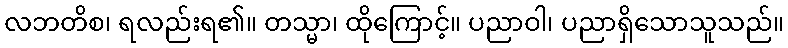
လဘတိစ၊ ရလည်းရ၏။ တသ္မာ၊ ထိုကြောင့်။ ပညာဝါ၊ ပညာရှိသောသူသည်။